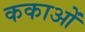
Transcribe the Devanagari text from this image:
ककाओं